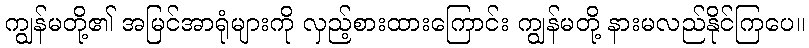
ကျွန်မတို့၏ အမြင်အာရုံများကို လှည့်စားထားကြောင်း ကျွန်မတို့ နားမလည်နိုင်ကြပေ။